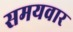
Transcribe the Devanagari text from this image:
समयवार